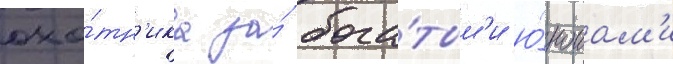
охо́тн'ика за́ бога́тым'и ю́ношам'и